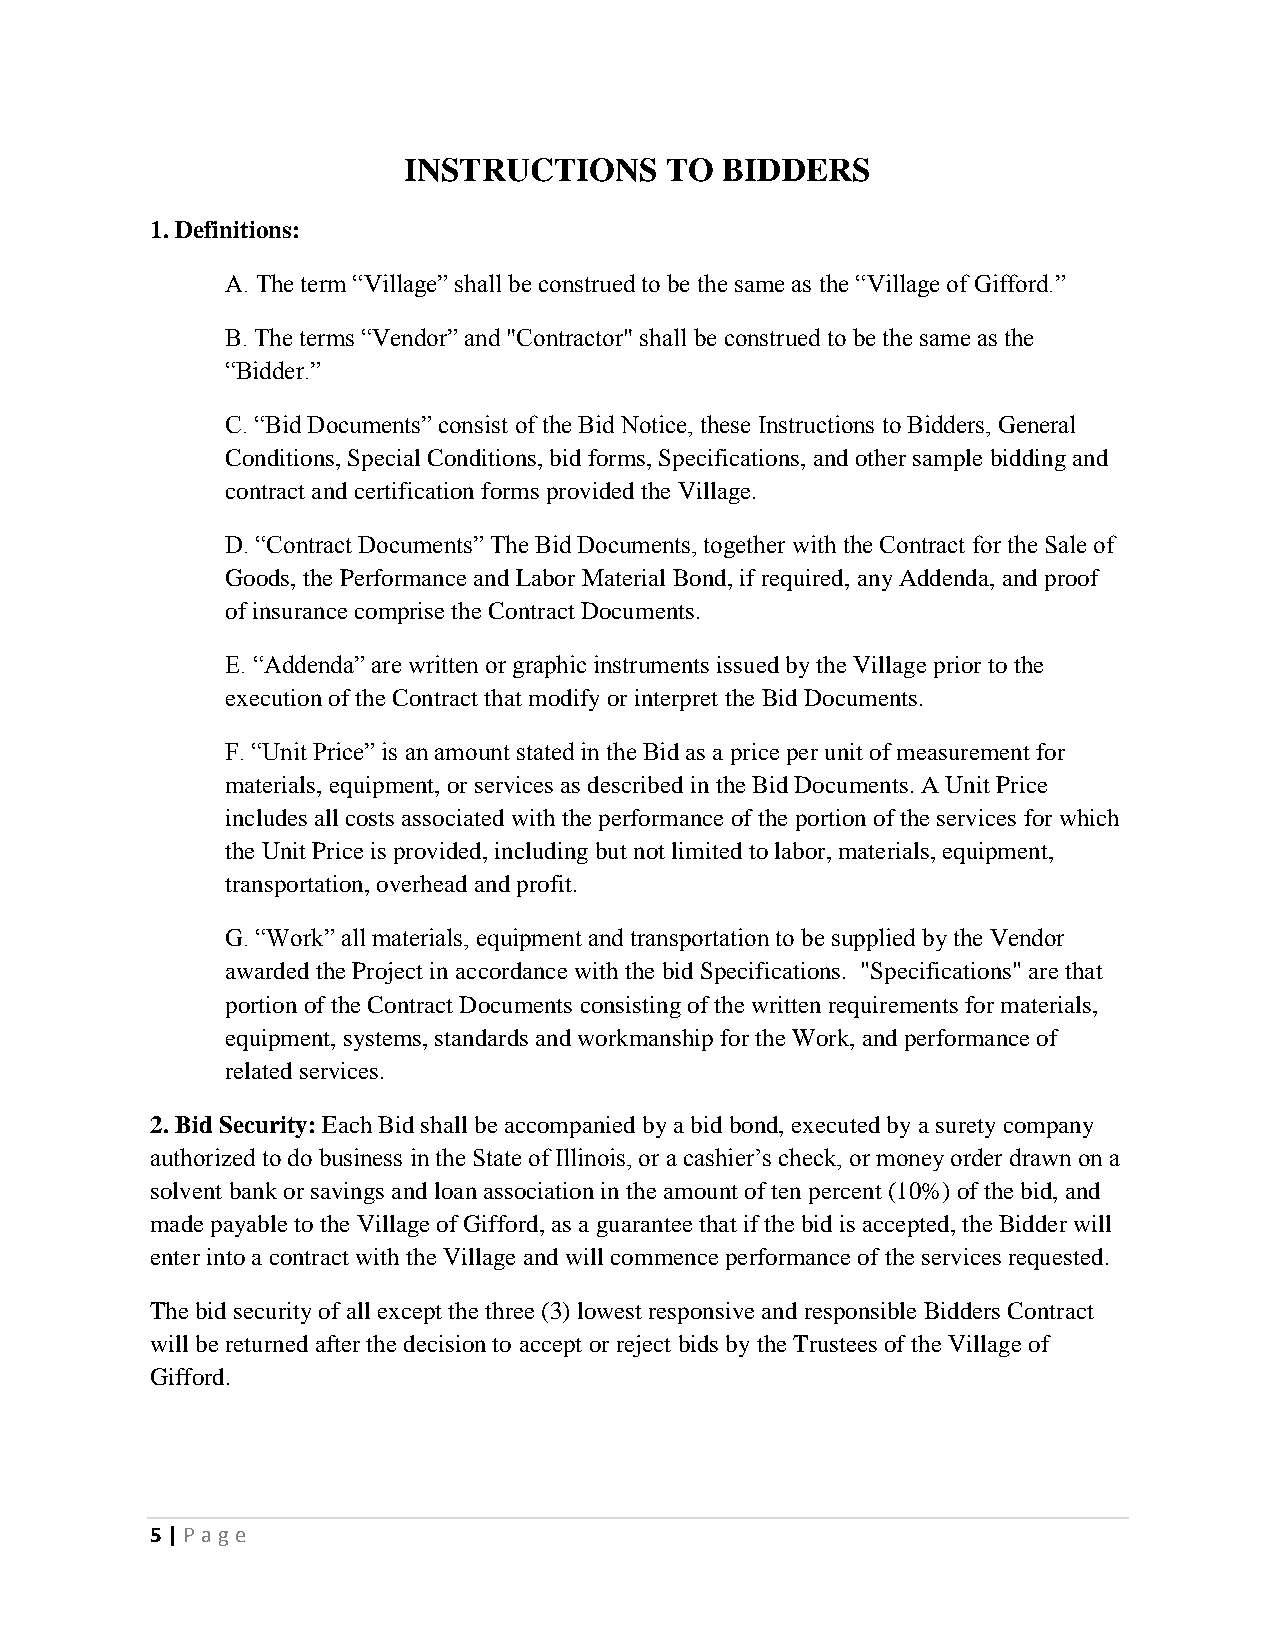
INSTRUCTIONS     TO  BIDDERS
 1. Definitions:
 A. The term “Village” shall be construed to be the same as the “Village of Gifford.”
 B. The terms “Vendor” and "Contractor" shall be construed to be the same as the
 “Bidder.”
 C. “Bid Documents” consist of the Bid Notice, these Instructions to Bidders, General
 Conditions, Special Conditions, bid forms, Specifications, and other sample bidding and
 contract and certification forms provided the Village.
 D. “Contract Documents” The Bid Documents, together with the Contract for the Sale of
 Goods, the Performance and Labor Material Bond, if required, any Addenda, and proof
 of insurance comprise the Contract Documents.
 E. “Addenda” are written or graphic instruments issued by the Village prior to the
 execution of the Contract that modify or interpret the Bid Documents.
 F. “Unit Price” is an amount stated in the Bid as a price per unit of measurement for
 materials, equipment, or services as described in the Bid Documents. A Unit Price
 includes all costs associated with the performance of the portion of the services for which
 the Unit Price is provided, including but not limited to labor, materials, equipment,
 transportation, overhead and profit.
 G. “Work” all materials, equipment and transportation to be supplied by the Vendor
 awarded the Project in accordance with the bid Specifications. "Specifications" are that
 portion of the Contract Documents consisting of the written requirements for materials,
 equipment, systems, standards and workmanship for the Work, and performance of
 related services.
 2. Bid Security: Each Bid shall be accompanied by a bid bond, executed by a surety company
 authorized to do business in the State of Illinois, or a cashier’s check, or money order drawn on a
 solvent bank or savings and loan association in the amount of ten percent (10%) of the bid, and
 made payable to the Village of Gifford, as a guarantee that if the bid is accepted, the Bidder will
 enter into a contract with the Village and will commence performance of the services requested.
 The bid security of all except the three (3) lowest responsive and responsible Bidders Contract
 will be returned after the decision to accept or reject bids by the Trustees of the Village of
 Gifford.
 5 | P age